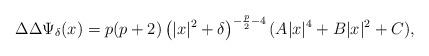
LaTeX: \begin{align*}\Delta\Delta\Psi_\delta(x) = p(p+2)\left(|x|^2+\delta\right)^{-\frac{p}{2}-4}(A|x|^4+B|x|^2+C),\end{align*}